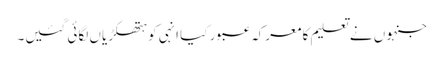
جنہوں نے تعلیم کا معرکہ عبور کیا انہی کو ہتھکڑیاں لگائی گئیں۔